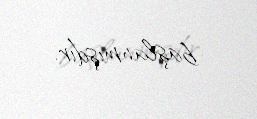
başlanmışdır.